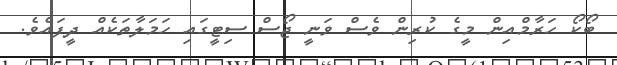
ބޯކޯ ހަރާމްއިން މީގެ ކުރިން ވެސް ވަނީ ޖޯސް ސިޓީގައި ހަމަލާތަކެއް ދީފައެވެ.